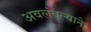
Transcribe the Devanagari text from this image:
अवलंबल्याने